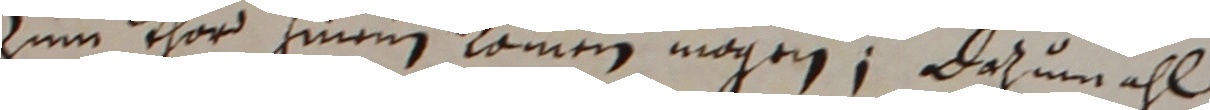
zum thor einem kommen mögen, dazumahl